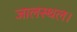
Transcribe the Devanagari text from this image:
जालस्थल।